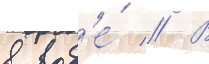
в вод'е́ // В